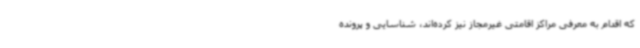
که اقدام به معرفی مراکز اقامتی غیرمجاز نیز کرده‌اند، شناسایی و پرونده